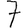
Digit: 7